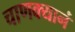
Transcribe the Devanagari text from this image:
चाणक्यानं